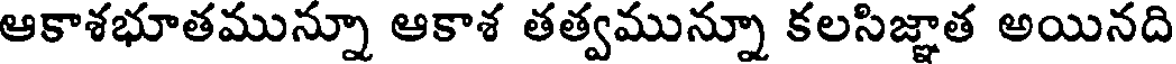
ఆకాశభూతమున్నూ ఆకాశ తత్వమున్నూ కలసిజ్ఞాత అయినది